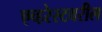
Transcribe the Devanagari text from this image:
एव्हरेस्टवरील